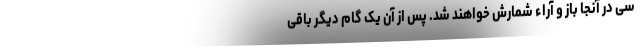
سی در آنجا باز و آراء شمارش خواهند شد. پس از آن یک گام دیگر باقی